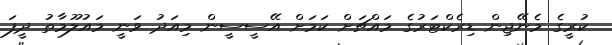
ކުރީގެ މެނޭޖިން ޑިރެކްޓަރުގެ މައްޗަށް ކަމަށް އޭސީސީން މިއަދު ވަނީ މައުލޫމާތު ދީފަ